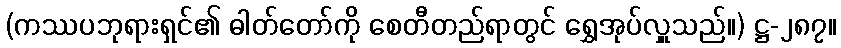
(ကဿပဘုရားရှင်၏ ဓါတ်တော်ကို စေတီတည်ရာတွင် ရွှေအုပ်လှူသည်။) ဋ္ဌ-၂၈၇။